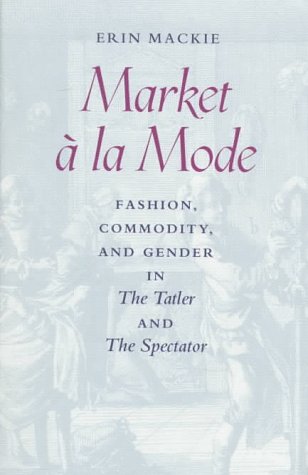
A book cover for Market Ã  la Mode: Fashion, Commodity, and Gender in The Tatler and The Spectator; Professor Erin Mackie; Humor & Entertainment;